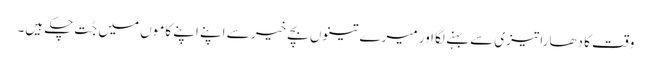
وقت کا دھارا تیزی سے بہنے لگا اور میرے تینوں بچے خیر سے اپنے اپنے کاموں میں جُت چکے ہیں۔